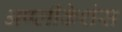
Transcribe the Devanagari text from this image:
अप्प्लीकेशंस